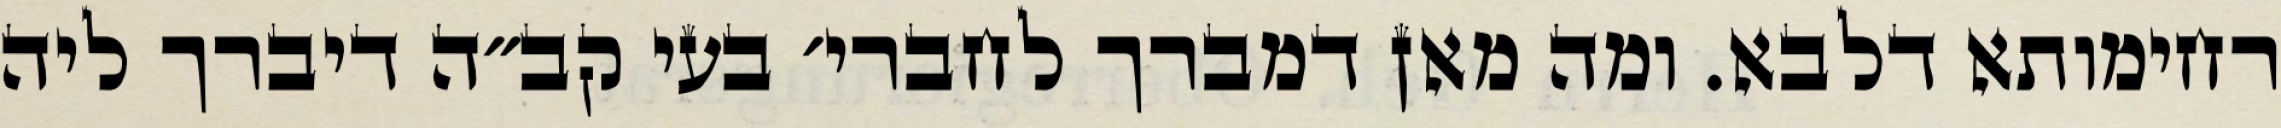
רחימותא דלבא. ומה מאן דמברך לחברי׳ בעי קב״ה דיברך ליה